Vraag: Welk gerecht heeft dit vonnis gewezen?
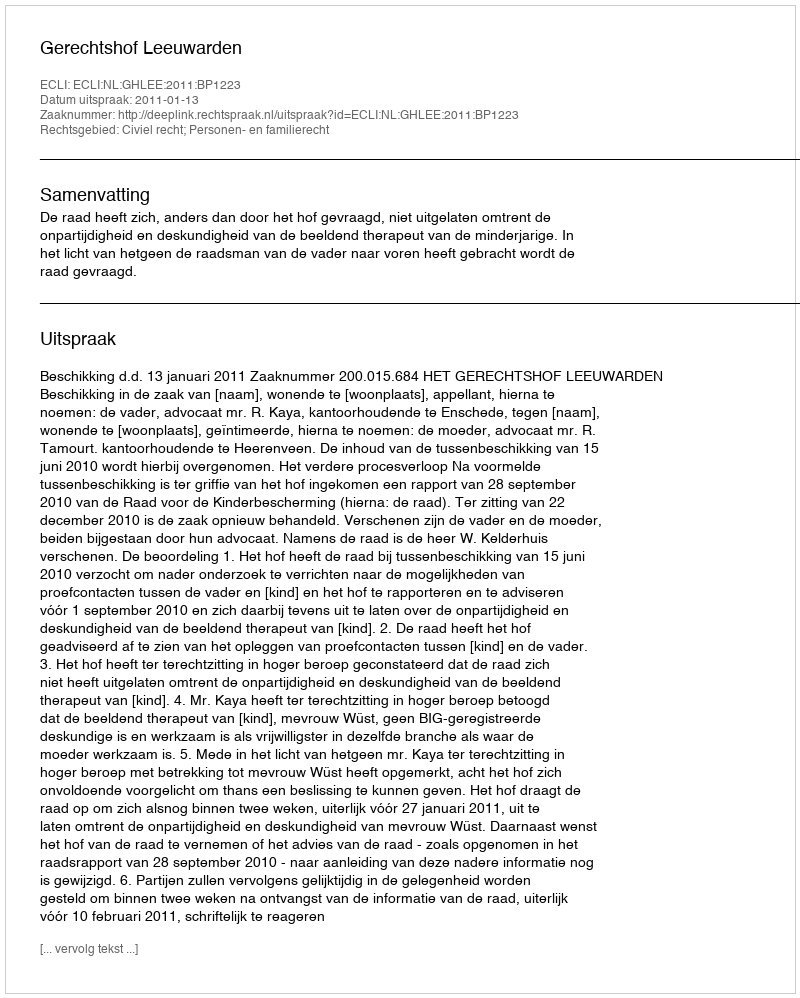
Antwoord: Gerechtshof Leeuwarden